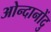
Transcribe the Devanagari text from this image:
ओन्दानोंदु